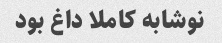
نوشابه کاملا داغ بود